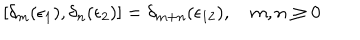
[ \delta _ { m } ( \epsilon _ { 1 } ) , \delta _ { n } ( \epsilon _ { 2 } ) ] = \delta _ { m + n } ( \epsilon _ { 1 2 } ) , \quad m , n \geq 0